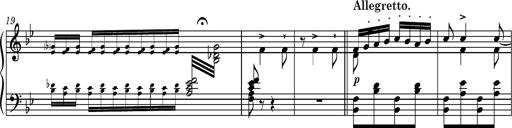
Title: Ungarische Nationalmelodien, S.243
Composer: Franz Liszt